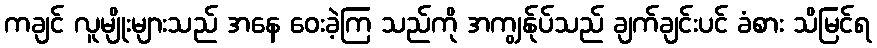
ကချင် လူမျိုးများသည် အနေ ဝေးခဲ့ကြ သည်ကို အကျွန်ုပ်သည် ချက်ချင်းပင် ခံစား သိမြင်ရ